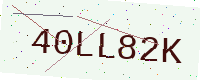
Text: 40LL82K